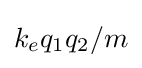
k_{e}q_{1}q_{2}/m